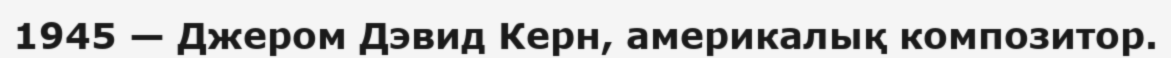
1945 — Джером Дэвид Керн, америкалық композитор.